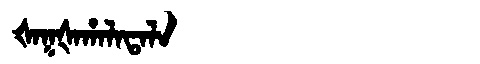
Manchu: ᡧᠠᡴᡧᠠᡥᠠᠯᠠᡨᠠᠯᠠ
Romanization: ŠAKŠAHALATALA